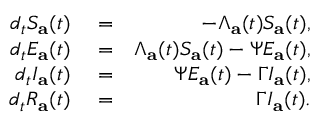
\begin{array} { r l r } { d _ { t } S _ { \mathbf { a } } ( t ) } & { { } = } & { - \Lambda _ { \mathbf { a } } ( t ) S _ { \mathbf { a } } ( t ) , } \\ { d _ { t } E _ { \mathbf { a } } ( t ) } & { { } = } & { \Lambda _ { \mathbf { a } } ( t ) S _ { \mathbf { a } } ( t ) - \Psi E _ { \mathbf { a } } ( t ) , } \\ { d _ { t } I _ { \mathbf { a } } ( t ) } & { { } = } & { \Psi E _ { \mathbf { a } } ( t ) - \Gamma I _ { \mathbf { a } } ( t ) , } \\ { d _ { t } R _ { \mathbf { a } } ( t ) } & { { } = } & { \Gamma I _ { \mathbf { a } } ( t ) . } \end{array}